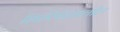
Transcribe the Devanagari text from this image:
शिरोरेषेखालील